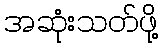
အဆုံးသတ်ဖို့